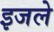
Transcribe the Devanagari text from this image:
इजले